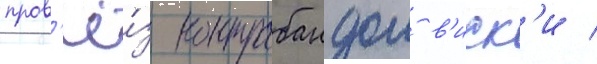
пров'ё́з контрабандои в'иск'и /